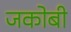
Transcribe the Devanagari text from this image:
जकोबी